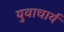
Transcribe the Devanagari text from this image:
युवाचार्य